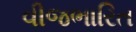
વીજભારિત